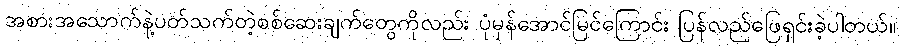
အစားအသောက်နဲ့ပတ်သက်တဲ့စစ်ဆေးချက်တွေကိုလည်း ပုံမှန်အောင်မြင်ကြောင်း ပြန်လည်ဖြေရှင်းခဲ့ပါတယ်။